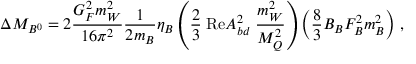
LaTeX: \Delta M _ { B ^ { 0 } } = 2 \frac { G _ { F } ^ { 2 } m _ { W } ^ { 2 } } { 1 6 \pi ^ { 2 } } \frac { 1 } { 2 m _ { B } } \eta _ { B } \left( \frac { 2 } { 3 } \; \mathrm { R e } { \cal A } _ { b d } ^ { 2 } \; \frac { m _ { W } ^ { 2 } } { M _ { Q } ^ { 2 } } \right) \left( \frac { 8 } { 3 } B _ { B } F _ { B } ^ { 2 } m _ { B } ^ { 2 } \right) \, ,